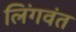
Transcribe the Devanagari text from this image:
लिंगवंत